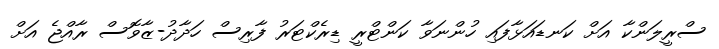
ސްރީލަންކާ އަށް ކަނޑައަޅާފައި ހުންނަވާ ކަންޓްރީ ޑިރެކްޓަރު ފާރިސް ހަދާދު-ޒާވޮސް ރާއްޖެ އަށް